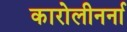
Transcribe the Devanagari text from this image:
कारोलीनर्ना